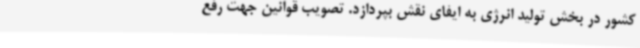
کشور در بخش تولید انرژی به ایفای نقش بپردازد. تصویب قوانین جهت رفع